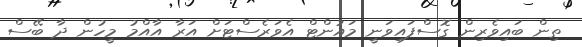
ތިން ބައިވެރިން ގޮސްފައިވަނީ މައުންޓް އެވަރެސްޓަށް އަރާ އާއްމު މީހުން ދާ ބޭސް